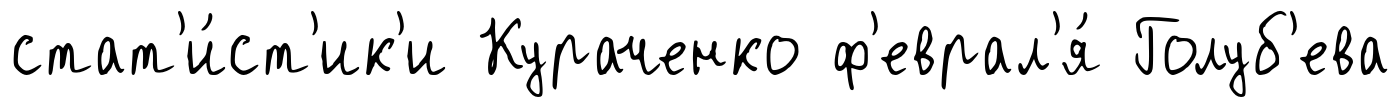
стат'и́ст'ик'и Кураченко ф'еврал'я́ Голуб'ева